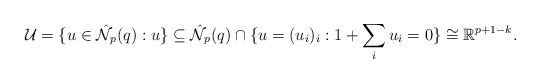
\begin{align*} \mathcal{U}=\{u\in\hat{\mathcal{N}}_p(q):u\}\subseteq\hat{\mathcal{N}}_p(q)\cap\{u=(u_i)_i:1+\sum_iu_i=0\}\cong\mathbb{R}^{p+1-k}.\end{align*}